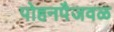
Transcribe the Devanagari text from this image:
पोहनपैजवळ